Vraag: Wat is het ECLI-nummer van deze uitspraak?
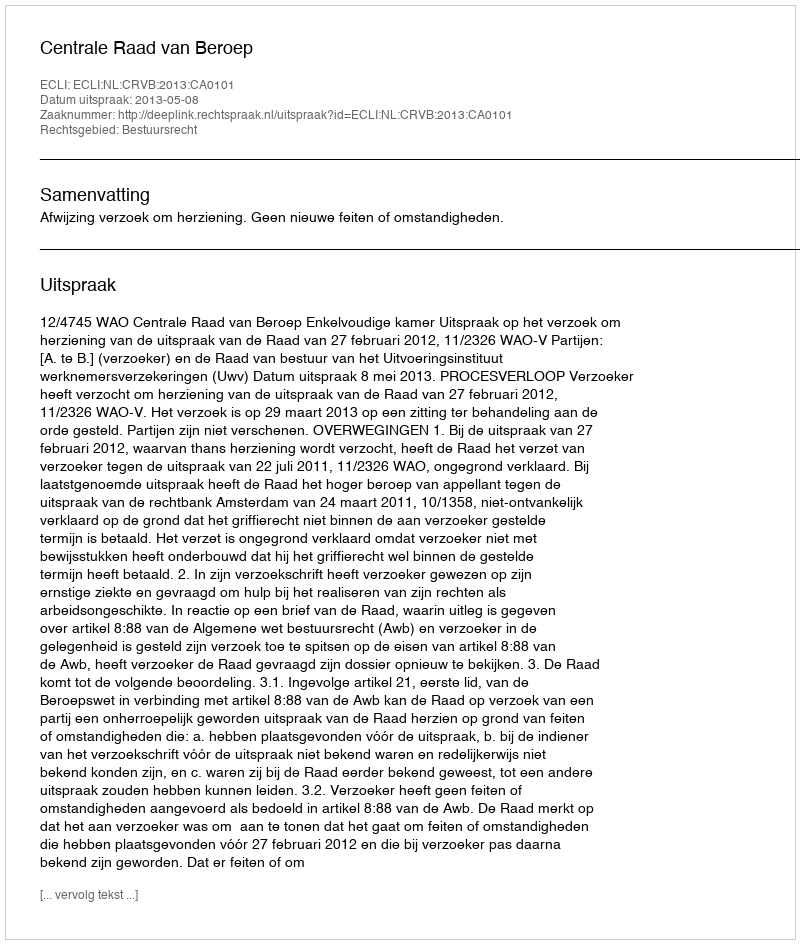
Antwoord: ECLI:NL:CRVB:2013:CA0101